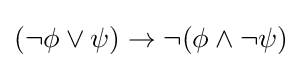
(\neg \phi \lor \psi )\to \neg (\phi \land \neg \psi )